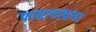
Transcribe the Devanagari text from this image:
फांद्याफांद्यांवर